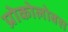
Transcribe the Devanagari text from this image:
प्रोकोलोबस